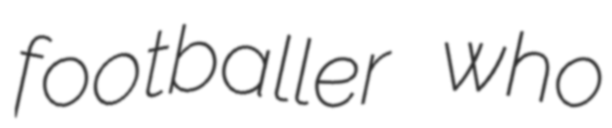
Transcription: footballer who